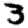
Digit: 3